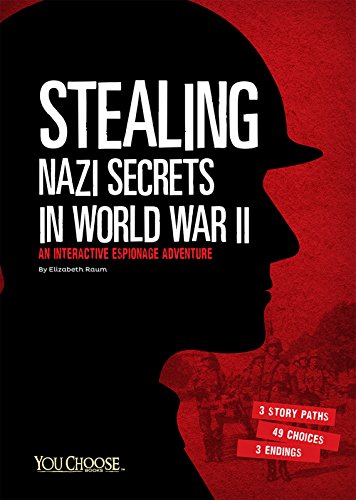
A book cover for Stealing Nazi Secrets in World War II: An Interactive Espionage Adventure (You Choose: Spies); Elizabeth Raum; Children's Books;